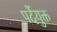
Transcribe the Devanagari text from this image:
पर्देयुक्त